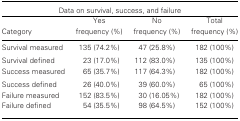
| <COLSPAN=4> Data on survival, success, and failure |
 | Category | Yes frequency (%) | No frequency (%) | Total frequency (%) |
 | --- | --- | --- | --- |
 | Survival measured | 135 (74.2%) | 47 (25.8%) | 182 (100%) |
 | Survival defined | 23 (17.0%) | 112 (83.0%) | 135 (100%) |
 | Success measured | 65 (35.7%) | 117 (64.3%) | 182 (100%) |
 | Success defined | 26 (40.0%) | 39 (60.0%) | 65 (100%) |
 | Failure measured | 152 (83.5%) | 30 (16.05%) | 182 (100%) |
 | Failure defined | 54 (35.5%) | 98 (64.5%) | 152 (100%) |